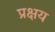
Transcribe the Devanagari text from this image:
प्रक्षय